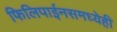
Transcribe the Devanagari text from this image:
फिलिपाईनसमध्येही